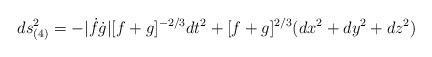
LaTeX: \begin{align*}ds^2_{(4)}=-|\dot{f}\dot{g}|[f+g]^{-2/3}dt^2+[f+g]^{2/3}(dx^2+dy^2+dz^2) \end{align*}